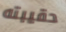
حقيبته